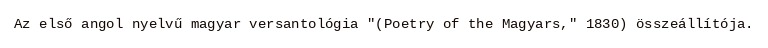
Az első angol nyelvű magyar versantológia "(Poetry of the Magyars," 1830) összeállítója.